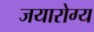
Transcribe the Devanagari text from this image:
जयारोग्य